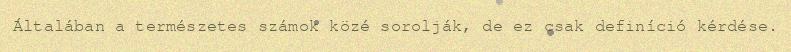
Általában a természetes számok közé sorolják, de ez csak definíció kérdése.